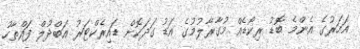
އަހަރުގެ އެންމެ ބޮޑު ރިކޯޑެއް މުގާރާލުމުގެ އަޑު ގަދަކޮށް ޑައިރެކްޓަރު އަބްދުލް ފައްތާހު